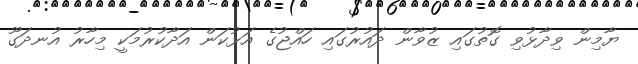
ޔާމިން ވިދާޅުވި ގޮތުގައި ޒުވާން ދައުރުގައި ހައްޖުގެ އަޅުކަން އަދާކުރުމަކީ މިހާރު އުނދަގޫ